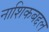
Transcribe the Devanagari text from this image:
नाशिकबद्दल